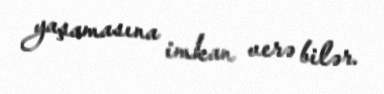
yaşamasına imkan verə bilər.